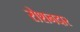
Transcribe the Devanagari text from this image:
रोशनदार